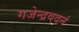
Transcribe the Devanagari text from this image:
गजेन्द्रवदनं